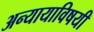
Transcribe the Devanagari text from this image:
अन्यायाविषयी